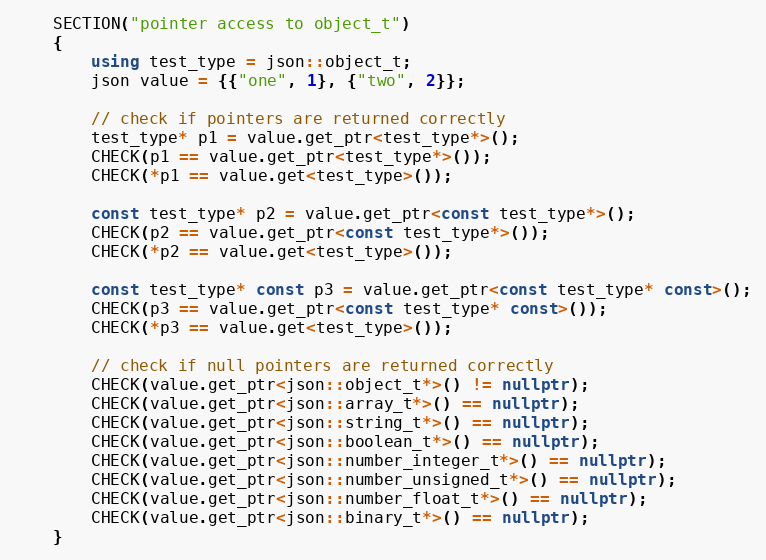
Language: C++
    SECTION("pointer access to object_t")
    {
        using test_type = json::object_t;
        json value = {{"one", 1}, {"two", 2}};

        // check if pointers are returned correctly
        test_type* p1 = value.get_ptr<test_type*>();
        CHECK(p1 == value.get_ptr<test_type*>());
        CHECK(*p1 == value.get<test_type>());

        const test_type* p2 = value.get_ptr<const test_type*>();
        CHECK(p2 == value.get_ptr<const test_type*>());
        CHECK(*p2 == value.get<test_type>());

        const test_type* const p3 = value.get_ptr<const test_type* const>();
        CHECK(p3 == value.get_ptr<const test_type* const>());
        CHECK(*p3 == value.get<test_type>());

        // check if null pointers are returned correctly
        CHECK(value.get_ptr<json::object_t*>() != nullptr);
        CHECK(value.get_ptr<json::array_t*>() == nullptr);
        CHECK(value.get_ptr<json::string_t*>() == nullptr);
        CHECK(value.get_ptr<json::boolean_t*>() == nullptr);
        CHECK(value.get_ptr<json::number_integer_t*>() == nullptr);
        CHECK(value.get_ptr<json::number_unsigned_t*>() == nullptr);
        CHECK(value.get_ptr<json::number_float_t*>() == nullptr);
        CHECK(value.get_ptr<json::binary_t*>() == nullptr);
    }